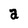
Character: a